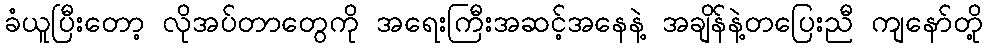
ခံယူပြီးတော့ လိုအပ်တာတွေကို အရေးကြီးအဆင့်အနေနဲ့ အချိန်နဲ့တပြေးညီ ကျနော်တို့